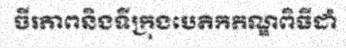
ចីរភាពនិងទីក្រុងបេតិកភណ្ឌពិធីដាំ